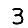
Digit: 3